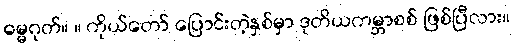
ဓမ္မဂုတ်။ ။ ကိုယ်တော် ပြောင်းတဲ့နှစ်မှာ ဒုတိယကမ္ဘာစစ် ဖြစ်ပြီလား။